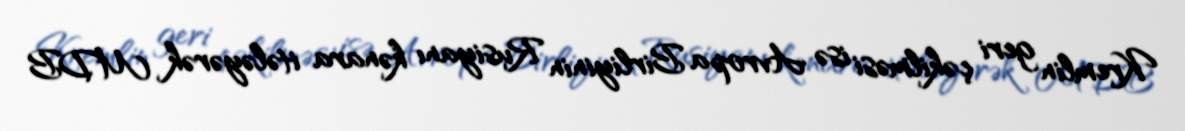
Kremlin geri çəkilməsi isə Avropa Birliyinin Rusiyanı kənara itələyərək MDB